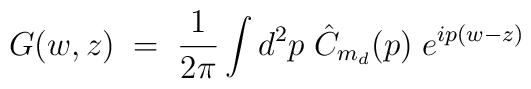
G(w,z) \; = \; \frac{1}{2\pi} \int d^2p \; \hat{C}_{m_d}(p) \; e^{ip(w-z)}